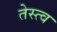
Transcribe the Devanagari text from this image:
तेस्त्व